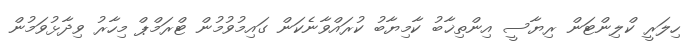
ހިލަރީ ކްލިންޓަން ރިޔާސީ އިންތިޚާބު ކާމިޔާބު ކުރައްވާނެކަން ގައިމުވުމުން ޓްރަމްޕް މިހާރު ވިދާޅުވަމުން